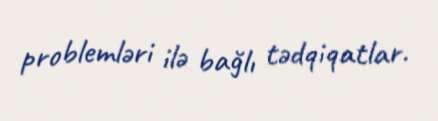
problemləri ilə bağlı tədqiqatlar.